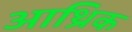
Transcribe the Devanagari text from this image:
आथ्रिक